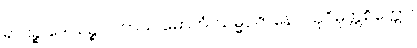
ရာဂဉ္စ ဒေါသဉ္စ ပဟာယ မောဟံ၊ သမ္မပ္ပဇာနော သုဝိမုတ္တစိတ္တော။